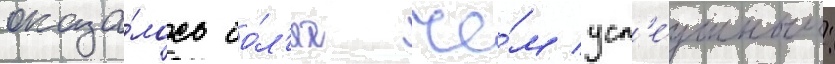
оказа́лось бо́л'ее че́м усп'е́шным: